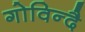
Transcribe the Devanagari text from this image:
गोविन्दै